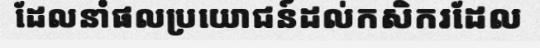
ដែលនាំផលប្រយោជន៍ដល់កសិករដែល